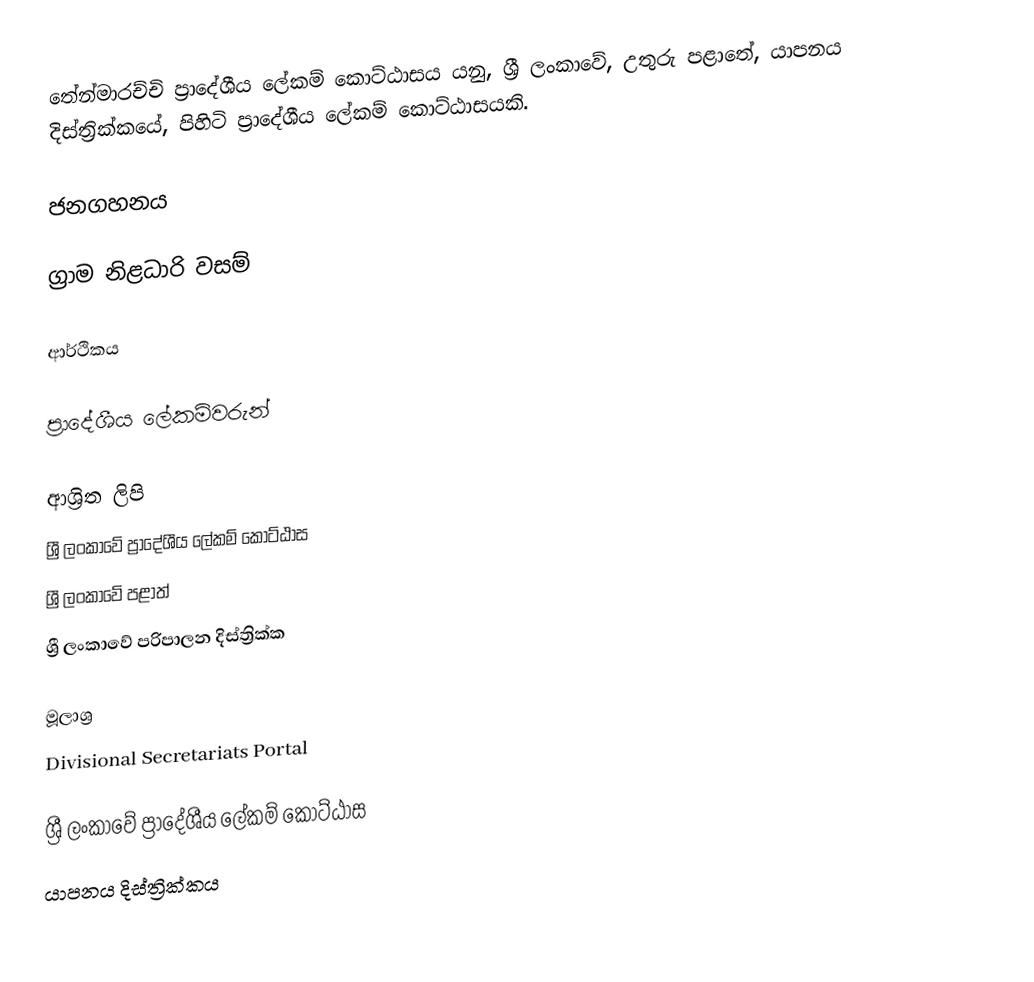
තේන්මාරච්චි ප්‍රාදේශීය ලේකම් කොට්ඨාසය යනු,  ශ්‍රී ලංකාවේ, උතුරු පළාතේ,   යාපනය දිස්ත්‍රික්කයේ, පිහිටි ප්‍රාදේශීය ලේකම් කොට්ඨාසයකි.

ජනගහනය

ග්‍රාම නිළධාරි වසම්

ආර්ථිකය

ප්‍රාදේශීය ලේකම්වරුන්

ආශ්‍රිත ලිපි
ශ්‍රී ලංකාවේ ප්‍රාදේශීය ලේකම් කොට්ඨාස
ශ්‍රී ලංකාවේ පළාත්
ශ්‍රී ලංකාවේ පරිපාලන දිස්ත්‍රික්ක

මූලාශ්‍ර
 Divisional Secretariats Portal

ශ්‍රී ලංකාවේ ප්‍රාදේශීය ලේකම් කොට්ඨාස
යාපනය දිස්ත්‍රික්කය